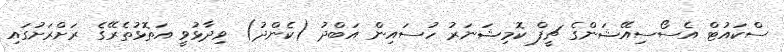
ސްކައުޓް އެސޯސިއޭޝަންގެ ޗީފް ކޮމިޝަނަރު ހުސައިން އަބްދު (ކެންދު) ވިދާޅުވީ އަތޮޅުތެރޭގެ ރަށްރަށުގައި